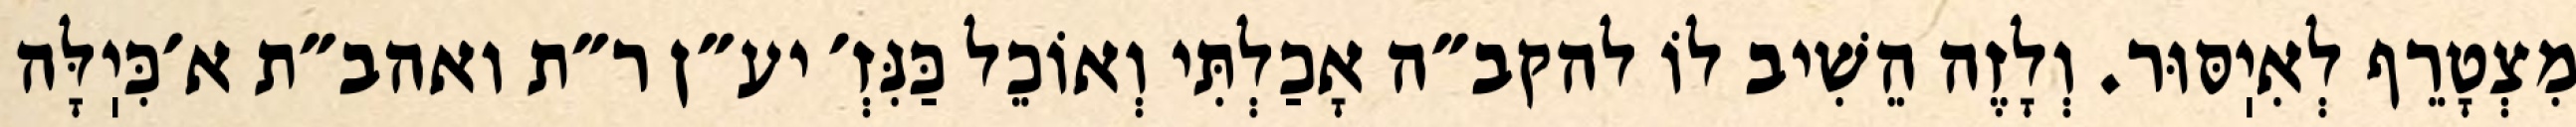
מִצְטָרֵף לְאִיֽסּוּר. וְלָזֶה הֵשִׁיב לוֹ להקב״ה אָכַלְתִּי וְאוֹכֵל כַּנִּזְ׳ יע״ן ר״ת ואהב״ת א׳כִּיֽלָּה